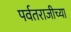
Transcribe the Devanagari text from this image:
पर्वतराजीच्या